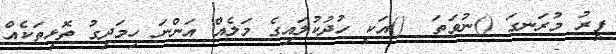
ފީރު މުރަނގަ ()ނުވަތަ  ()އަކީ ހުދުކުލައިގެ މަލެއް އަންނަ ހިމަދިގު ތޮޅިތަކެއް